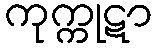
ကုက္ကုဋာ